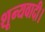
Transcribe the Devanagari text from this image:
शून्यवादी।